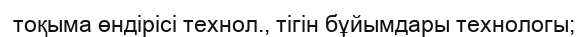
тоқыма өндірісі технол., тігін бұйымдары технологы;